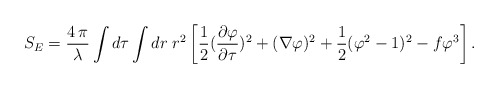
\begin{align*}S_E = {4\,\pi \over \lambda} \int d\tau \int dr \; r^2 \left[ {1 \over 2}{ ({\partial\varphi \over \partial\tau})^2 + ( \nabla\varphi)^2} + {1 \over 2}( \varphi^2 - 1)^2 -f \varphi^3 \right] .\end{align*}